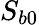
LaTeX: S_{b0}